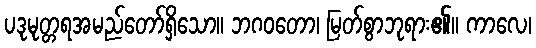
ပဒုမုတ္တရအမည်တော်ရှိသော။ ဘဂဝတော၊ မြတ်စွာဘုရား၏။ ကာလေ၊